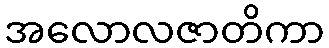
အလောလဇာတိကာ